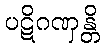
ပဋိဂဏှန္တိ